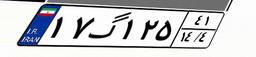
۱۷گ۱۲۵۴۱